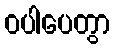
ဝပါပေတွာ